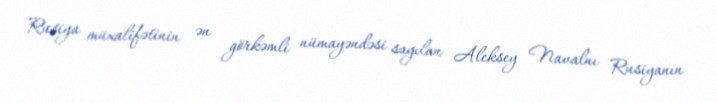
Rusiya müxalifətinin ən görkəmli nümayəndəsi sayılan Aleksey Navalnı Rusiyanın